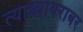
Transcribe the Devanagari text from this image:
त्यान्च्याबराबर